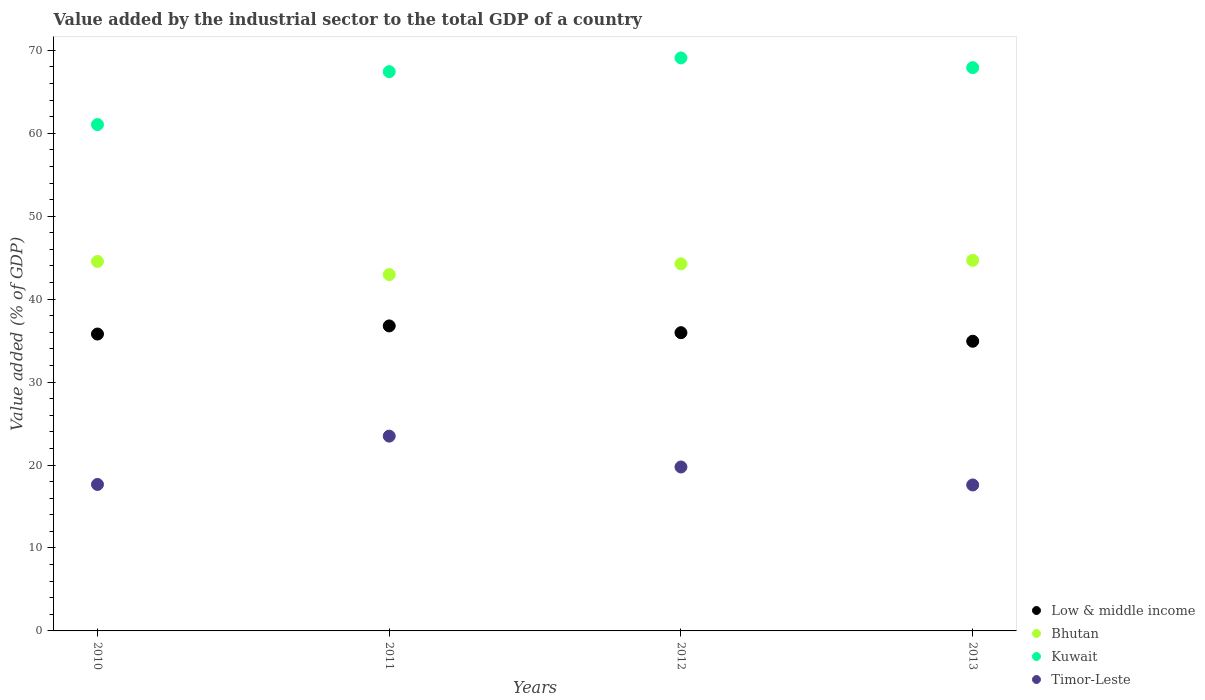
| Years | Low & middle income | Bhutan | Kuwait | Timor-Leste |
 | --- | --- | --- | --- | --- |
 | 2010 | 35.8 | 44.5 | 61 | 17.7 |
 | 2011 | 36.8 | 43 | 67.4 | 23.5 |
 | 2012 | 36 | 44.3 | 69.1 | 19.8 |
 | 2013 | 34.9 | 44.7 | 67.9 | 17.6 |